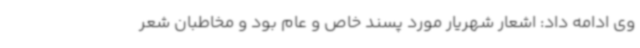
وی ادامه داد: اشعار شهریار مورد پسند خاص و عام بود و مخاطبان شعر